Leaving Certificate Examination (including Day School Certificate (Higher) General paper), 1932
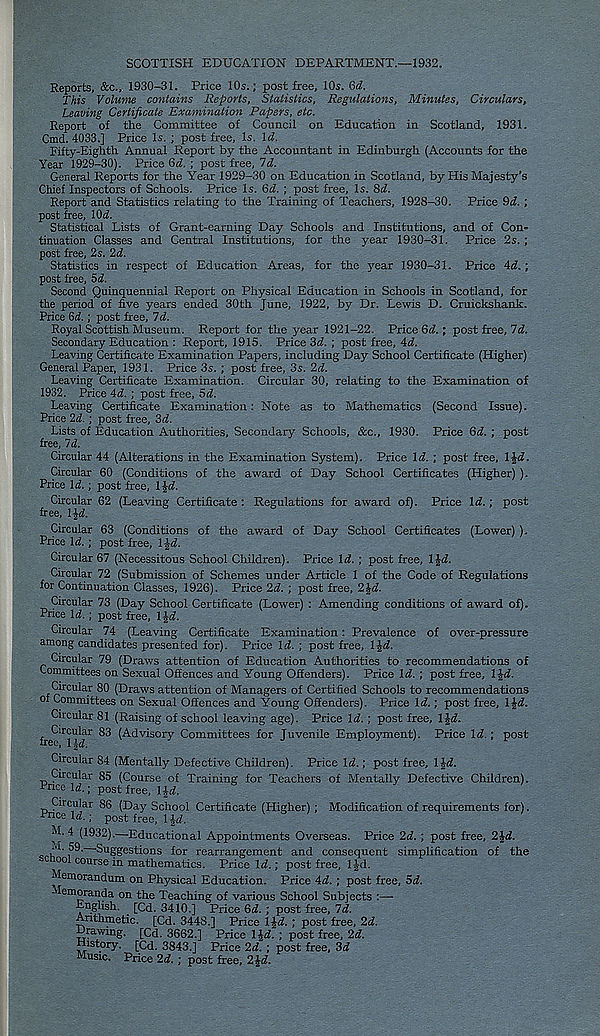
SCOTTISH EDUCATION DEPARTMENT.—1932.
Reports, &c., 1930-31. Price 10s.; post free, 10s. 6d.
This Volume contains Reports, Statistics, Regulations, Minutes, Circulars,
Leaving Certificate Examination Papers, etc.
Report of the Committee of Council on Education in Scotland, 1931.
Cmd. 4033.] Price Is. ; post free. Is. \d.
Fifty-Eighth Annual Report by the Accountant in Edinburgh (Accounts for the
Year 1929-30). Price Qd. ; post free. Id.
General Reports for the Year 1929-30 on Education in Scotland, by His Majesty’s
Chief Inspectors of Schools. Price Is. 6d. ; post free. Is. &d.
Report and Statistics relating to the Training of Teachers, 1928-30. Price §d. ;
post free, Wd.
Statistical Lists of Grant-earning Day Schools and Institutions, and of Con-
tinuation Classes and Central Institutions, for the year 1930-31. Price 2s.;
post free, 2s. Id.
Statistics in respect of Education Areas, for the year 1930-31. Price id.;
post free, 5d.
Second Quinquennial Report on Physical Education in Schools in Scotland, for
the period of five years ended 30th June, 1922, by Dr. Lewis D. Cruickshank.
Price 6d.; post free, 7d.
Royal Scottish Museum. Report for the year 1921-22. Price 6^.; post free, 7d.
Secondary Education : Report, 1915. Price 3d. ; post free, 4d.
Leaving Certificate Examination Papers, including Day School Certificate (Higher)
General Paper, 1931. Price 3s. ; post free, 3s. 2d.
Leaving Certificate Examination. Circular 30, relating to the Examination of
1932. Price id. ; post free, 5d.
Leaving Certificate Examination: Note as to Mathematics (Second Issue).
Price 2d. ; post free, 3d.
Lists of Education Authorities, Secondary Schools, See., 1930. Price 6d. ; post
free, Id.
Circular 44 (Alterations in the Examination System). Price Id. ; post free, 1 Jd.
Circular 60 (Conditions of the award of Day School Certificates (Higher) ).
Price Id.; post free, l£d.
Circular 62 (Leaving Certificate : Regulations for award of). Price Id. ; post
free, IJd.
Circular 63 (Conditions of the award of Day School Certificates (Lower) ).
Price Id.; post free, IJd.
Circular 67 (Necessitous School Children). Price Id. ; post free, IJd.
Circular 72 (Submission of Schemes under Article 1 of the Code of Regulations
for Continuation Classes, 1926). Price 2d. ; post free, 2 Jd.
Circular 73 (Day School Certificate (Lower) : Amending conditions of award of).
Price Id. ; post free, l|d.
Circular 74 (Leaving Certificate Examination: Prevalence of over-pressure
among candidates presented for). Price Id. ; post free, Ifd.
Circular 79 (Draws attention of Education Authorities to recommendations of
Committees on Sexual Offences and Young Offenders). Price Id. ; post free, 1 Jd.
Circular 80 (Draws attention of Managers of Certified Schools to recommendations
of Committees on Sexual Offences and Young Offenders). Price Id.; post free, l£d.
Circular 81 (Raising of school leaving age). Price Id.; post free, l£d.
free !r i'i(^r ^ (Advisory Committees for Juvenile Employment). Price Id.; post
Circular 84 (Mentally Defective Children). Price Id.; post free, IJd.
Circular 85 (Course of Training for Teachers of Mentally Defective Children).
Price Id.; post free, IJd.
Circular 86 (Day School Certificate (Higher) ; Modification of requirements for).
Price Id.; post free, 1 Jd.
^ b
H
)
^1-4 (1932).—Educational Appointments Overseas. Price 2d. ; post free, 2£d.
'Suggestions for rearrangement and consequent simplification of the
ool course in mathematics. Price Id.; post free, l|-d.
Memorandum on Physical Education. Price id. ; post free, 5d.
Memoranda on the Teaching of various School Subjects :—
English. [Cd. 3410.] Price 6d. ; post free, 7d.
Anthmetic. [Cd. 3448.] Price l£d. ; post free, 2d.
Drawing. [Cd. 3662.] Price IJd. ; post free, 2d.
History. [Cd. 3843.] Price 2d. ; post free, 3d
Music, Price 2d. ; post free, 2£d.